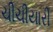
ચીચીયારી